Laimjala_vallavalitsus, lk 23
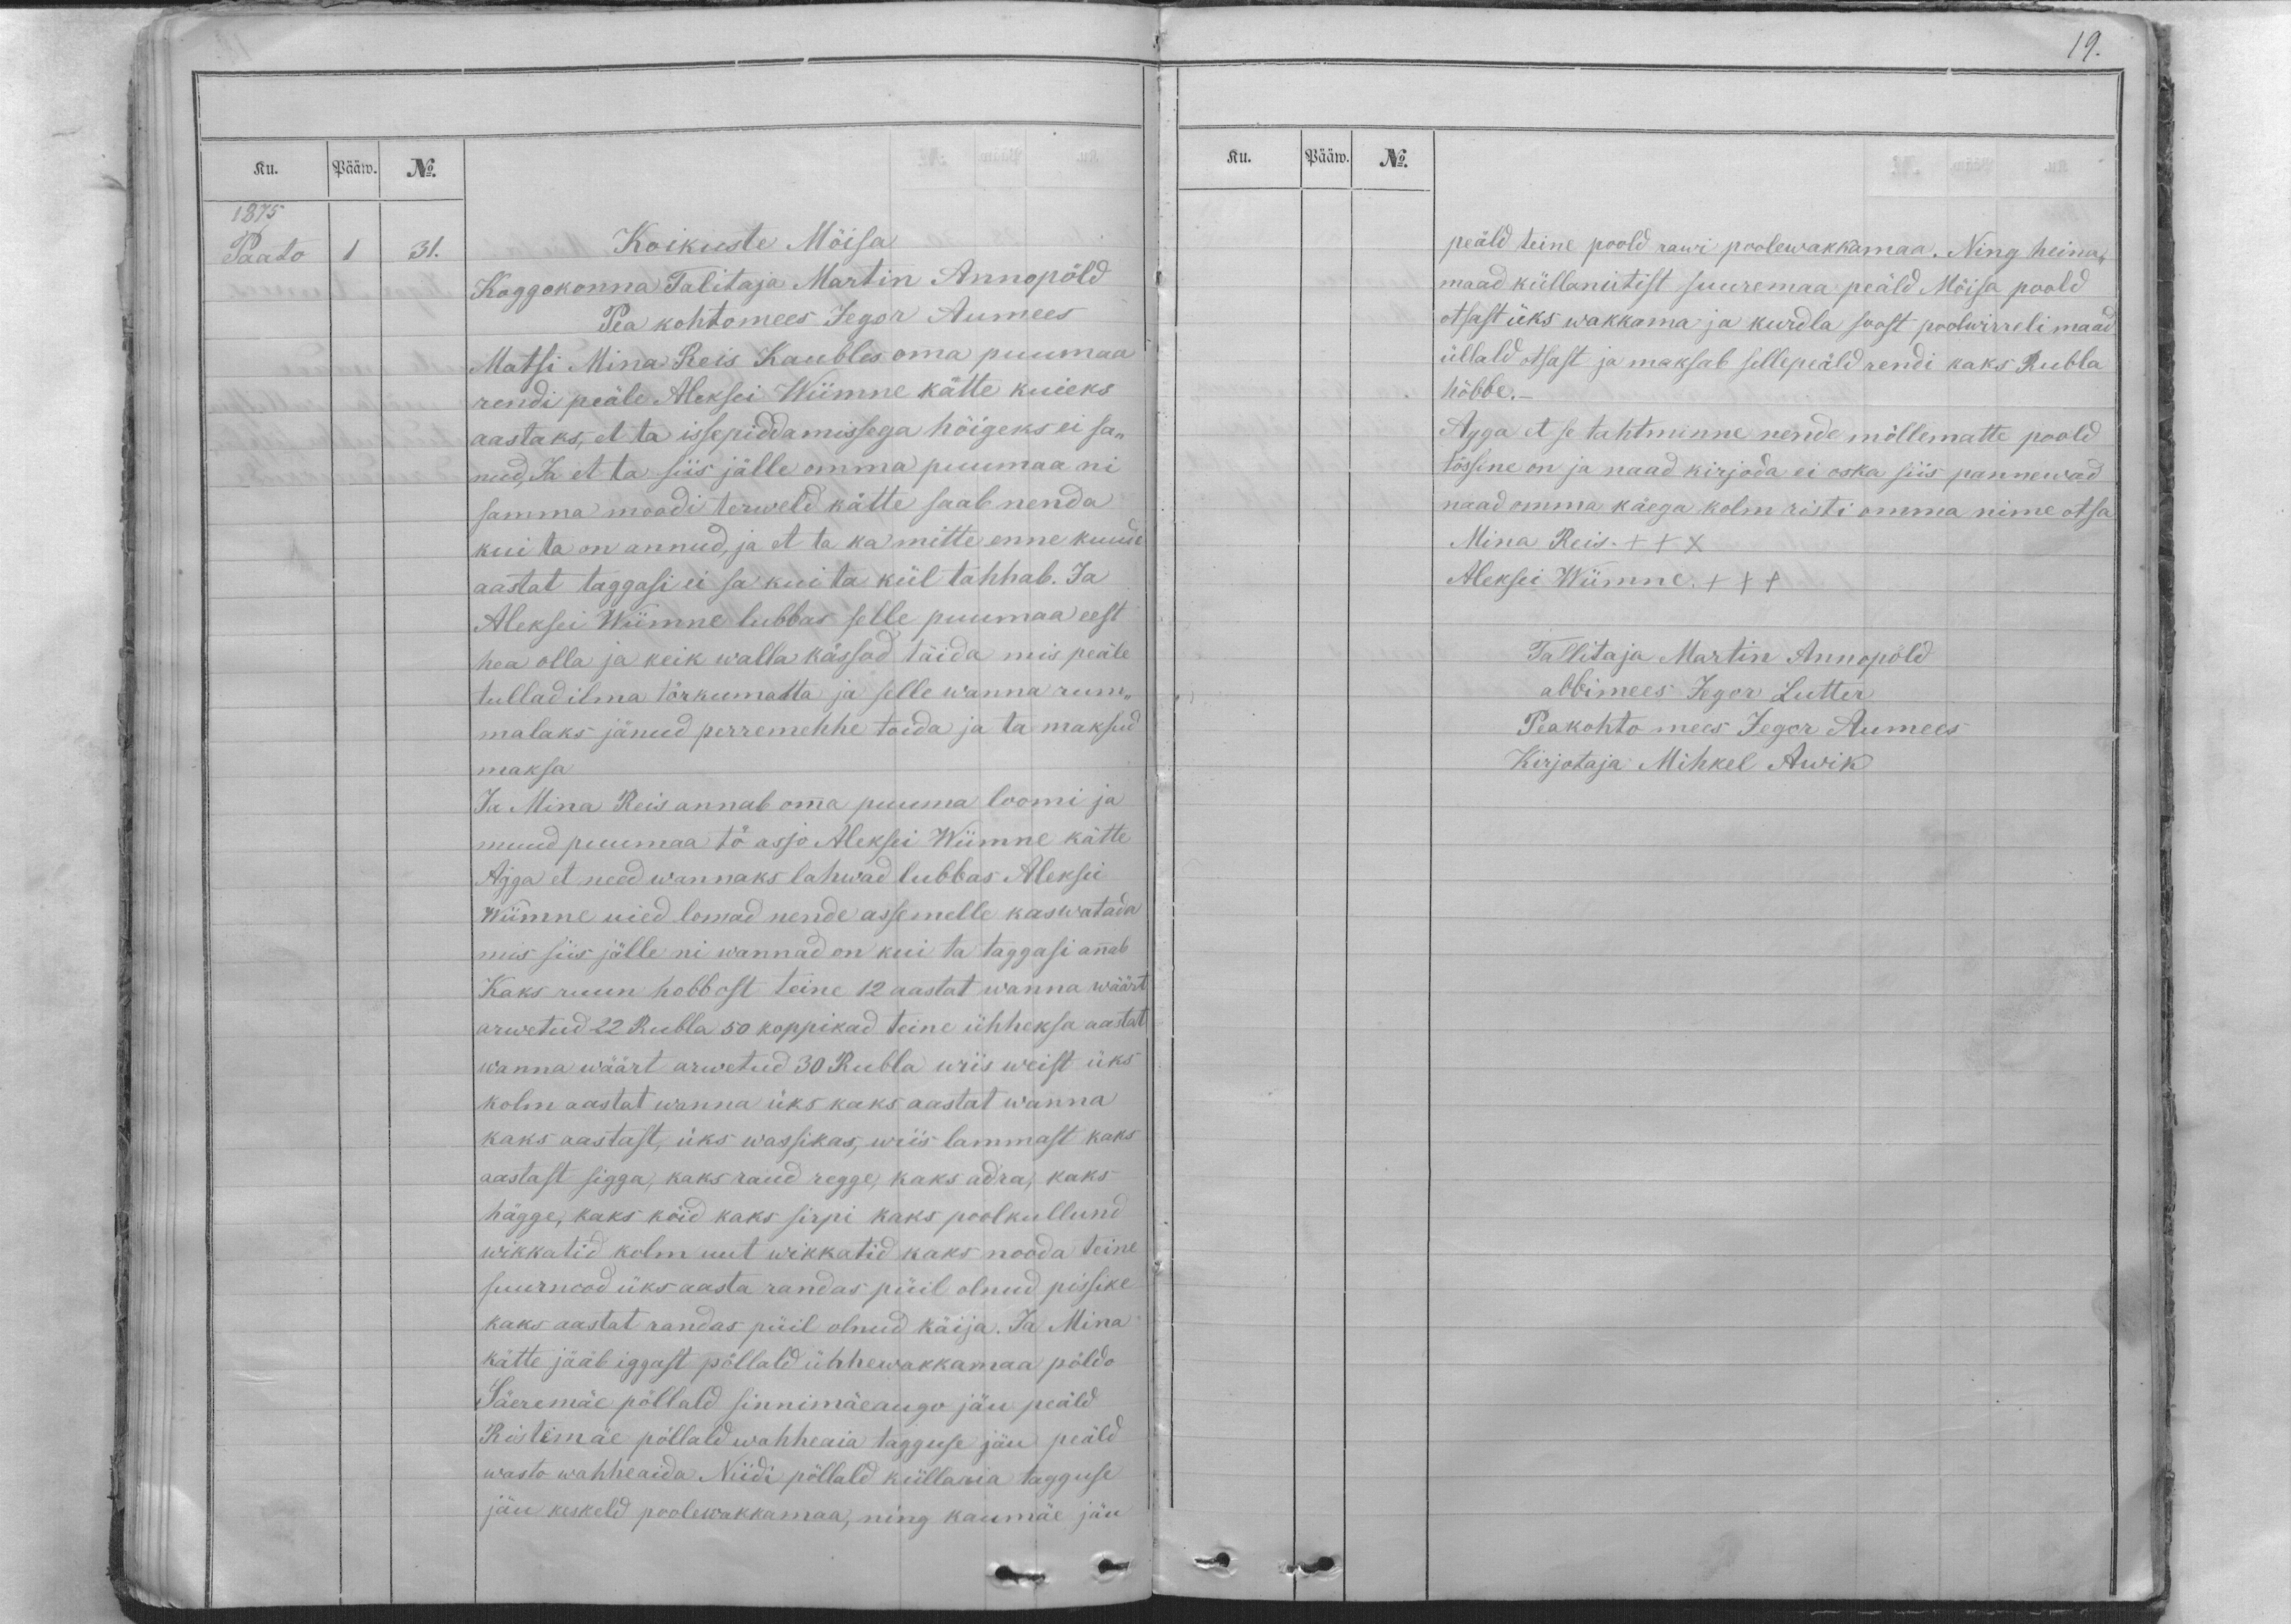
Ku.
Pääw.
No.
1875.
Paato
1
31.

Koikuste Möisa
Koggokonna Talitaja Martin Annopöld
Pea kohtomees Jegor Aumees
Matsi Mina Reis Kaubles oma puumaa
rendi peäle Aleksei Wiimne kätte kuieks
aastaks, et ta issepiddamissega hõigeks ei sa-
nud, Ja et ta siis jälle omma puumaa ni
samma moodi terweld kätte saab nenda
kui ta on annud, ja et ta ka mitte enne kuude
aastat taggasi ei sa kui ta kül tahhab. Ja
Aleksei Wiimne lubbas selle puumaa eest
hea olla ja keik walla kässod täida, mis peäle
tullad ilma törkumatta ja selle wanna rum-
malaks jänud perremehhe toida ja ta maksud
maksa
Ja Mina Reis annab omma puuma loomi ja
muud puumaa tö asjo Aleksei Wiimne kätte
Agga et need wannaks lahwad lubbas Aleksei
Wiimne uied lomad nende assemelle kaswatada
mis siis jälle nii wannad on kui ta taggasi annab
Kaks ruun hobbost teine 12 aastat wanna wäärt
arwetud 22 Rubla 50 koppikad teine ühheksa aastat
wanna wäärt arwetud 30 Rubla wiis weist üks
kolm aastat wanna üks kaks aastast wanna
kaks aastast, üks wassikas, wiis lammast kaks
aastast sigga, kaks raud regge, kaks adra, kaks
hägge, kaks köid kaks sirpi kaks poolkullund
wikkatid kolm uut wikkatid kaks nooda teine
suurnood üks aasta randas püil olnud pissike
kaks aastat randas püil olnud käija. Ja Mina
kätte jääb iggast pöllald ühhewakkamaa pöldo
Säeremäe pöllald sinnimäeaugo jäu peäld
Ristimäe pöllald wahheaia tagguse jäu peäld
wasto wahheaida Niidi pöllald küllaaia tagguse
jäu keskeld poolewakkamaa, ning kaumäe jäu

19.
Ku.
Pääw.
No.
peäld teine poold rawi poolewakkamaa. Ning heina-
maad küllaniitist suuremaa peäld Möisa poold
otsast üks wakkama ja kurdla soost poolwirreli maad
üllald otsast ja maksab sellepeäld rendi kaks Rubla
höbbe._
Agga et se tahtminne nende möllematte poold
tössine on ja naad kirjoda ei oska siis pannewad
naad omma käega kolm risti omma nime otsa
Mina Reis. XXX
Aleksei Wiimne. XXX
Tallitaja Martin Annopöld
abbimees Jegor Lutter
Peakohto mees Jegor Aumees
Kirjotaja Mihkel Awik